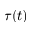
\tau ( t )